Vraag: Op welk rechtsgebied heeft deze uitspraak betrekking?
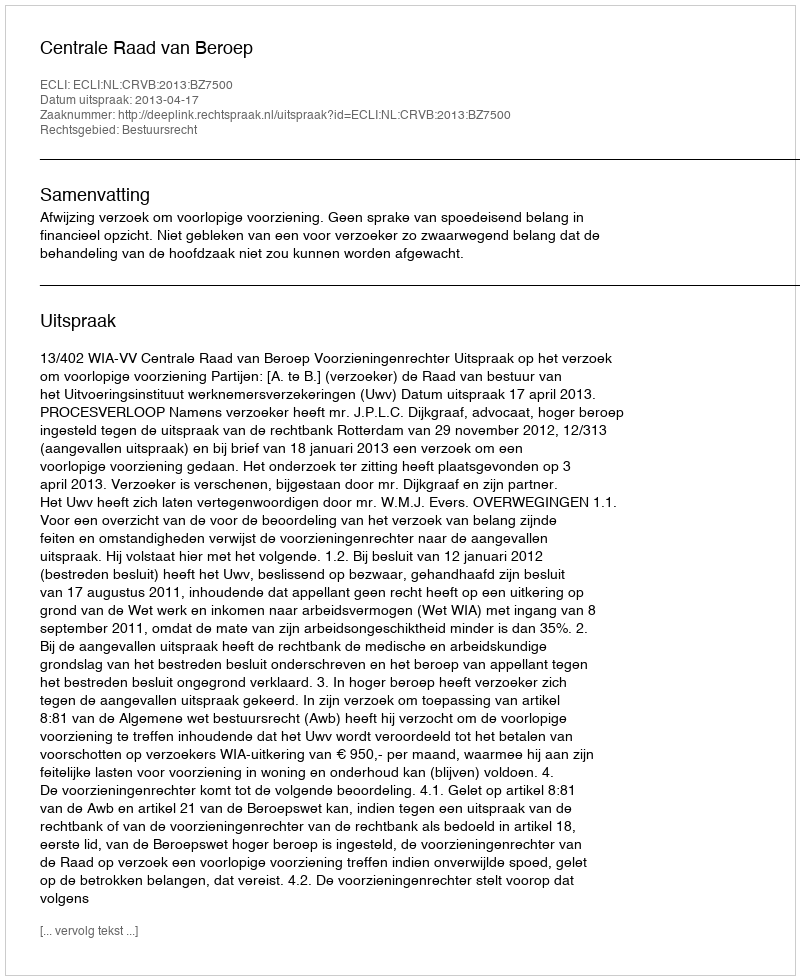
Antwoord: Bestuursrecht